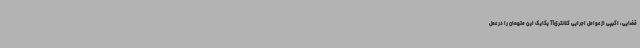
قضایی، اکیپی از عوامل اجرایی کلانتری11 یکایک این متهمان را در عمل